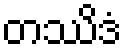
တဿိဒံ